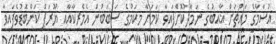
އުސާމާގެ މައްޗަށް ޣާއިބުގެ ނަމާދުކޮށްފައިވާ ކަމަށާ މިކަމުގެ ސަބަބުން އެެމެރިކާއާއި ޔޫރަޕް ކަންބޮޑުވެފައިވާ